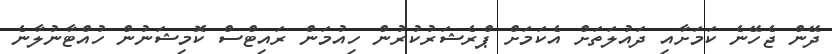
ދޭން ޖެހޭނެ ކަމަށާއި ދައުލަތަށް އެކަމަށް ޕްރެޝަރުކުރުން ހިއުމަން ރައިޓްސް ކޮމިޝަނުން ހުއްޓާނުލާނެ